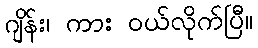
ဂျိန်း၊ ကား ဝယ်လိုက်ပြီ။